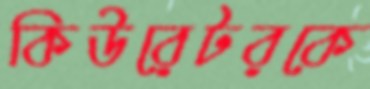
কিউরেটরকে